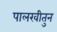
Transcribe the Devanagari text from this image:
पालखीतुन